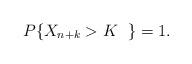
LaTeX: \begin{align*}P\{X_{n+k} > K \ \; \} = 1.\end{align*}